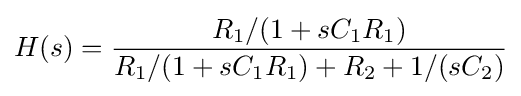
H(s)={\frac {R_{1}/(1+sC_{1}R_{1})}{R_{1}/(1+sC_{1}R_{1})+R_{2}+1/(sC_{2})}}